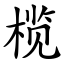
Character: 榄